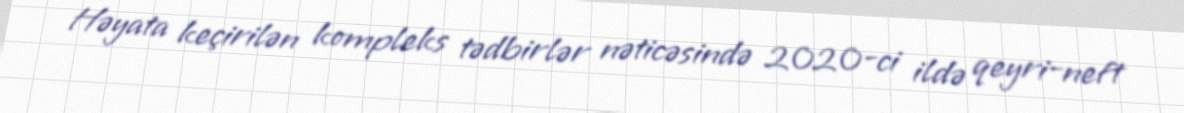
Həyata keçirilən kompleks tədbirlər nəticəsində 2020-ci ildə qeyri-neft